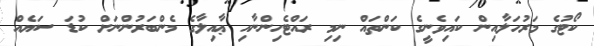
ކޯޓުގެ މަރުހަލާއިން ކައިވެނީގެ ކަންތައް ނިމި ރައްޓެހިންނާއި ޢާއިލާގެ މެންބަރުންނަށް ކުޑަ ސަޔެއް